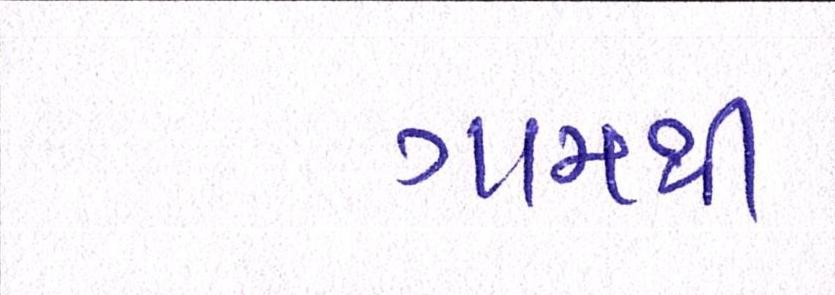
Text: ગામથી